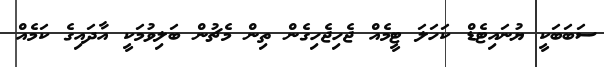
ސަބަބަކީ ޔުނައިޓެޑް ކަހަލަ ޓީމެއް ޖެހިޖެހިގެން ތިން މެޗުން ބަލިވުމަކީ އާދައިގެ ކަމެއް